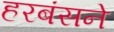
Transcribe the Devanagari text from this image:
हरबंसने